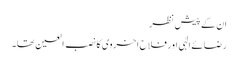
ان کے پیش نظر
رضائے الٰہی اور فلاح اخروی کا نصب العین تھا۔